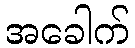
အခေါက်